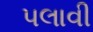
પલાવી